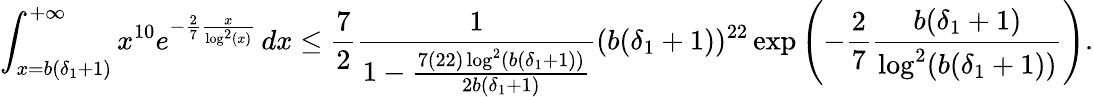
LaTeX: \int_{x=b(\delta_{1}+1)}^{+\infty}x^{10}e^{-\frac{2}{7}\frac{x}{\log^{2}(x)}}\, dx\leq\frac{7}{2}\frac{1}{1-\frac{7(22)\log^{2}(b(\delta_{1}+1))}{2b(\delta_{1}+1)}}(b(\delta_{1}+1))^{22}\exp\left(-\frac{2}{7}\frac{b(\delta_{1}+1)}{\log^{2}(b(\delta_{1}+1))}\right).